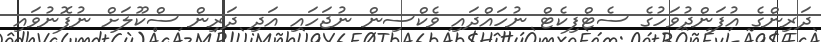
ދަރިންގެ އުފަންދުވަހުގެ ސެޓްފިކެޓް ނުހައްދައި ވެކްސިން ނުޖަހައި އަދި ދަރިން ސްކޫލަށް ނުފޮނުވައި